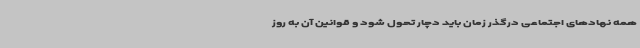
همه نهادهای اجتماعی درگذر زمان باید دچار تحول شود و قوانین آن به روز